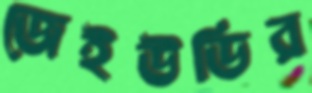
জেইউডির